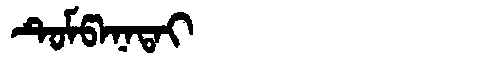
Manchu: ᡨᡠᠮᡦᠠᠨᠠᡨᠠᡳ
Romanization: TUMPANATAI